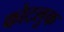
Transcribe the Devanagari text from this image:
कोटलुक